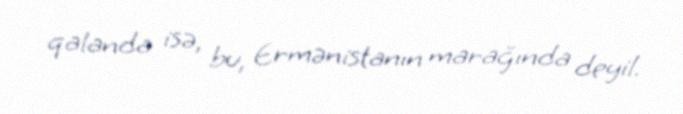
qalanda isə, bu, Ermənistanın marağında deyil.